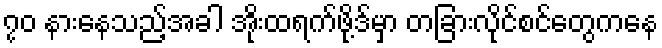
၇၀ နားနေသည့်အခါ အိုးထရက်ဖို့ဒ်မှာ တခြားလိုင်စင်တွေကနေ